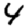
Digit: 4